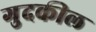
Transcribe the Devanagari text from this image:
गुदकील